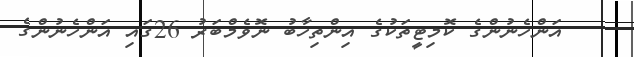
އަންހެނުންގެ ކޮމިޓީތަކުގެ އިންތިހާބު ނޮވެމްބަރު 26ގައި އަންހެނުންގެ